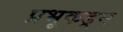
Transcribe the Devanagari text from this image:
प्रभूकडून